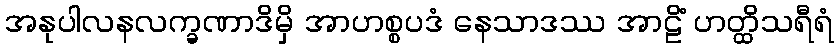
အနုပါလနလက္ခဏာဒိမှိ အာဟစ္စပဒံ နေသာဒဿ အာဠိံ ဟတ္ထိသရီရံ